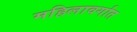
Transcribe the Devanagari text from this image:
महिलावर्गात